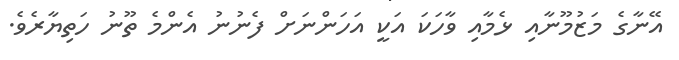
އޭނާގެ މަޒުމޫނާއި ޅެމާއި ވާހަކަ އަކީ އަހަންނަށް ފެނުނު އެންމެ ތޫނު ހަތިޔާރެވެ.